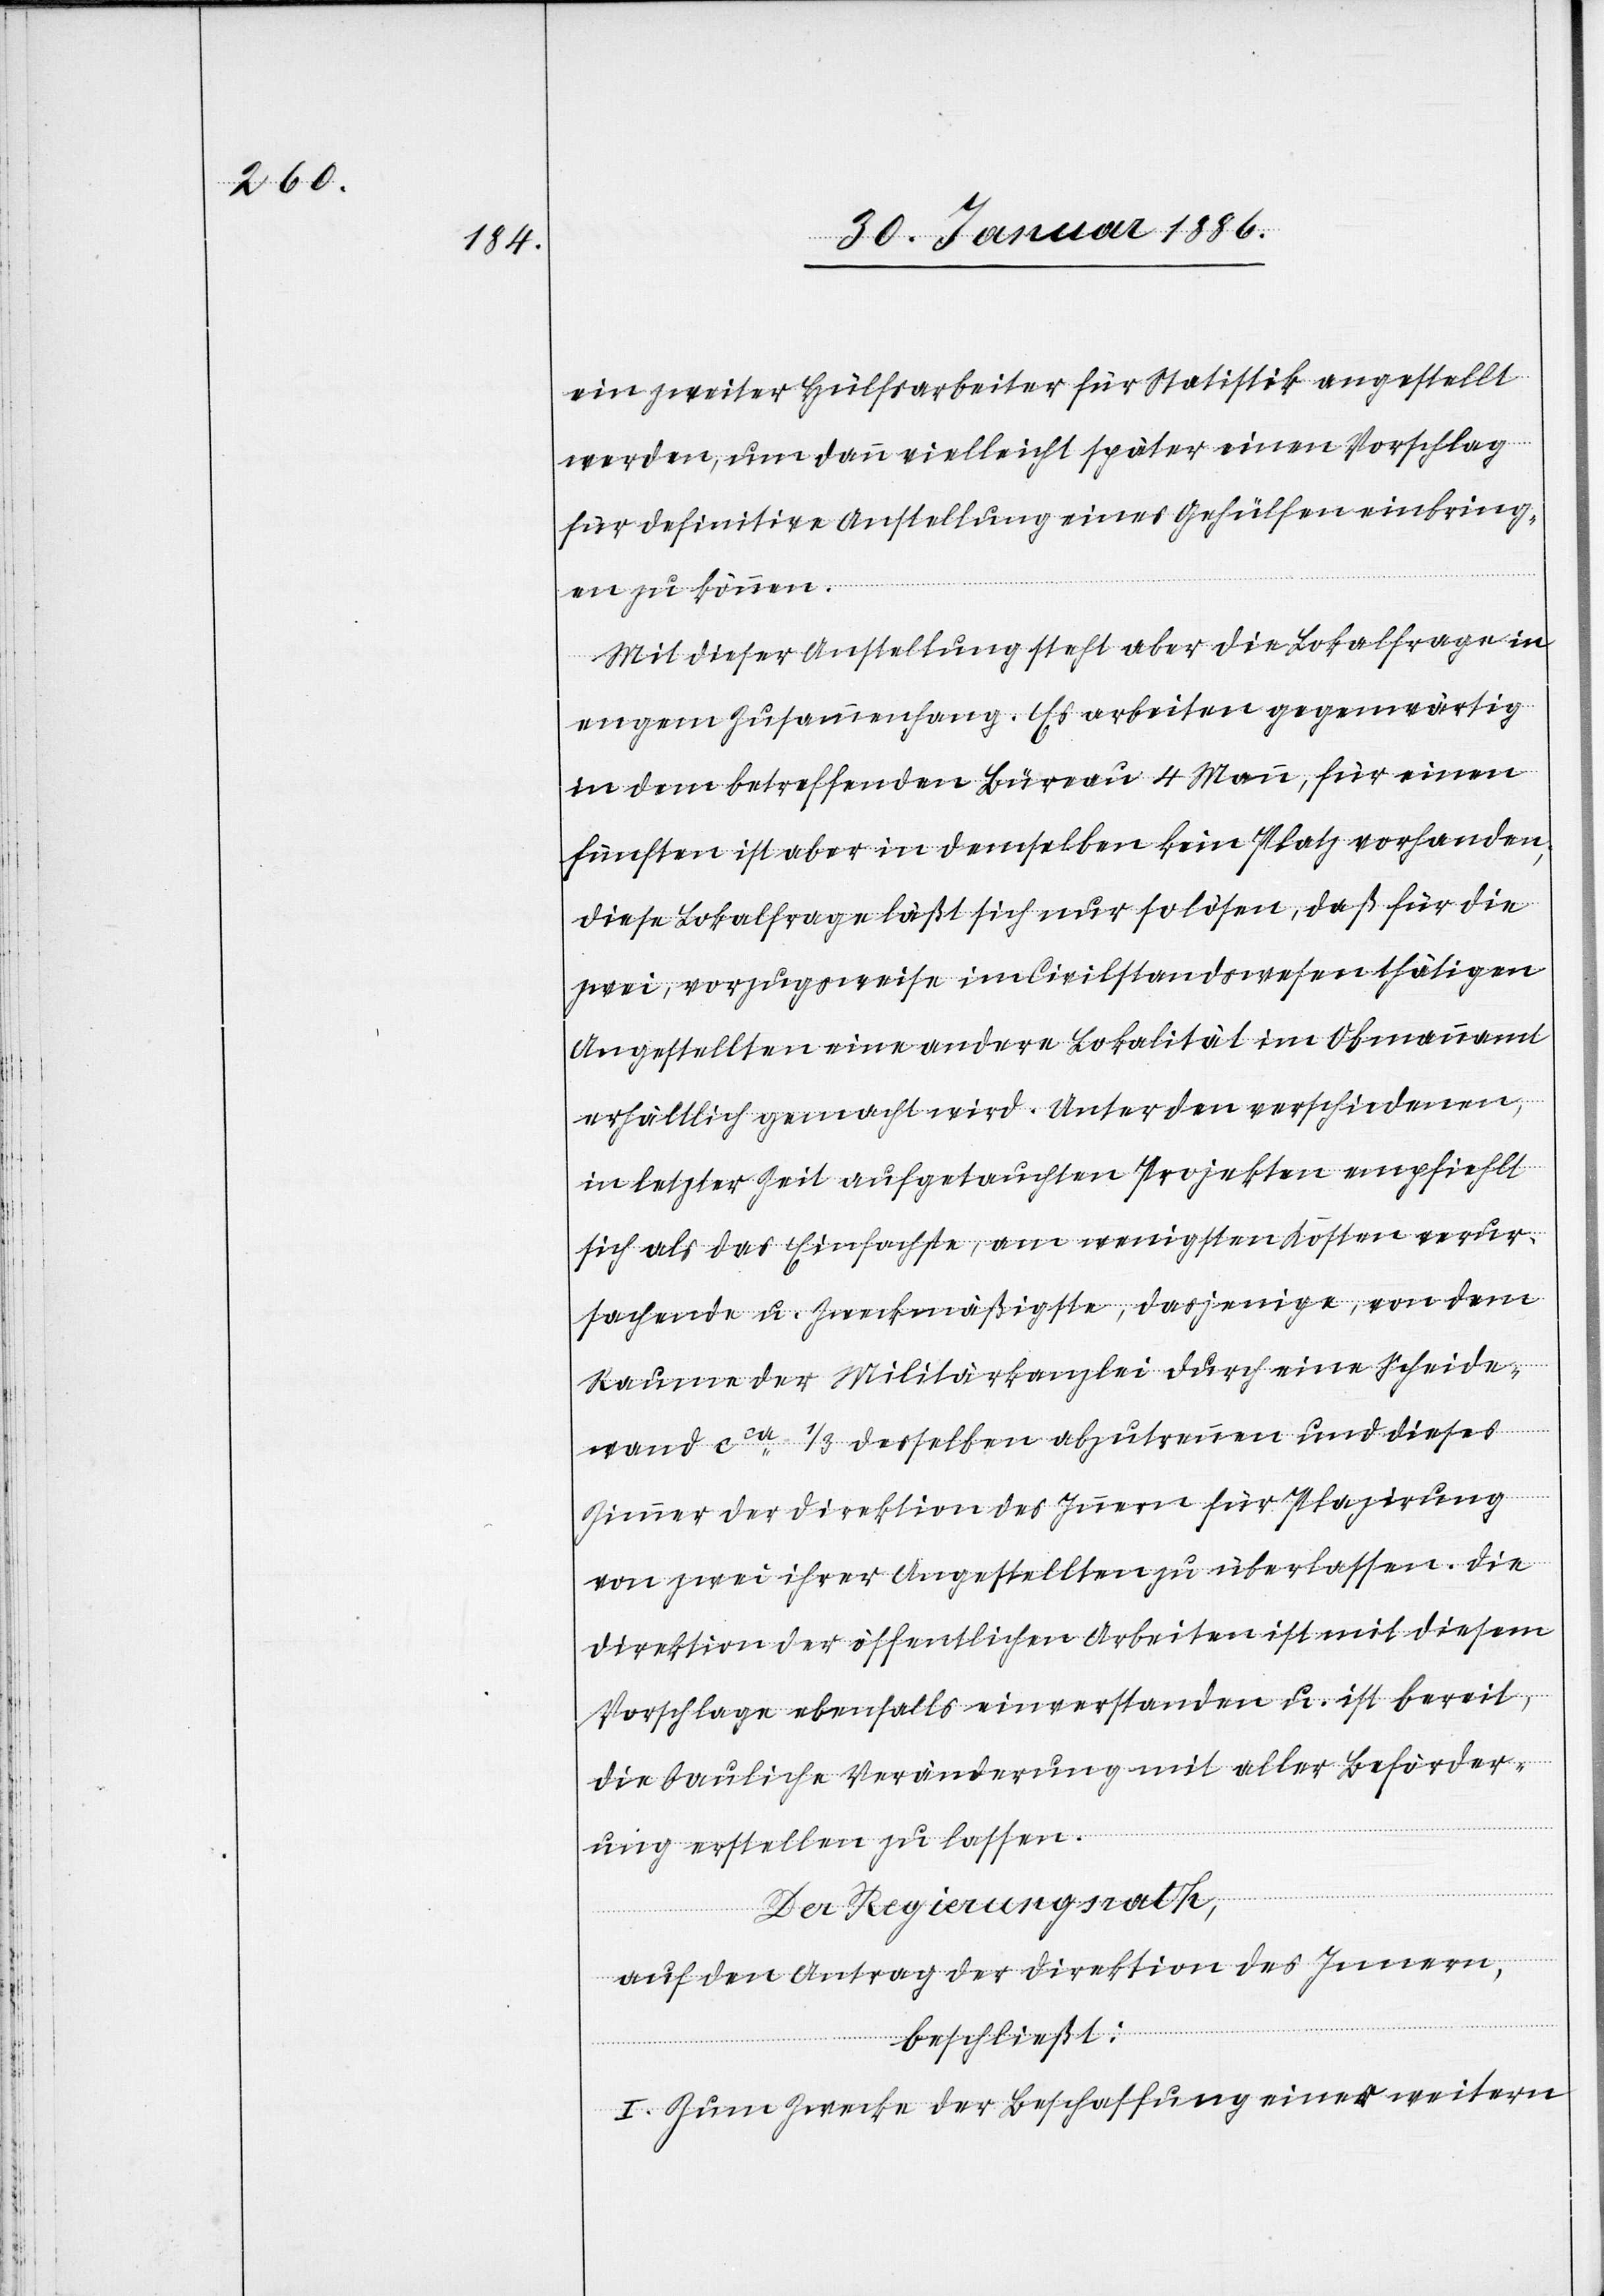
ein zweiter Hülfsarbeiter für Statistik angestellt
werden, um dann vielleicht später einen Vorschlag
für definitive Anstellung eines Gehülfen einbring¬
en zu können.
Mit dieser Anstellung steht aber die Lokalfrage in
engem Zusammenhang. Es arbeiten gegenwärtig
in dem betreffenden Bureau 4 Mann, für einen
fünften ist aber in demselben kein Platz vorhanden,
diese Lokalfrage läßt sich nur so lösen, daß für die
zwei, vorzugsweise im Civilstandswesen thätigen
Angestellten eine andere Lokalität im Obmannamt
erhältlich gemacht wird. Unter den verschiedenen,
in letzter Zeit aufgetauchten Projekten empfiehlt
sich als das Einfachste, am wenigsten Kosten verur¬
sachende u. Zweckmäßigste, dasjenige, von dem
Raume der Militärkanzlei durch eine Scheide¬
wand cca 1/3 desselben abzutrennen und dieses
Zimmer der Direktion des Innern für Plazirung
von zwei ihrer Angestellten zu überlassen. Die
Direktion der öffentlichen Arbeiten ist mit diesem
Vorschlage ebenfalls einverstanden u. ist bereit,
die bauliche Veränderung mit aller Beförder¬
ung erstellen zu lassen.
Der Regierungsrath,
auf den Antrag der Direktion des Innern,
beschließt:
I. Zum Zwecke der Beschaffung einer weitern